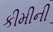
કીમીની